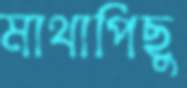
মাথাপিছু